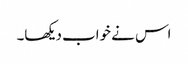
اس نے خواب دیکھا۔